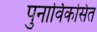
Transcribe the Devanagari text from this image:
पुनार्विकसित